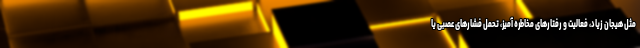
مثل هیجان زیاد، فعالیت و رفتارهای مخاطره آمیز، تحمل فشارهای عصبی یا